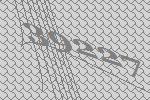
39227